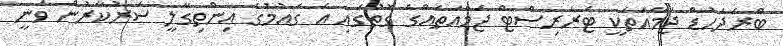
ބްރަދަހުޑް ޖަމާއަތަކީ ޓެރަރިސްޓް ޖަމާއަތެއްގެ ގޮތުގައި އެ ގައުމުގެ އިންތިގާލީ ސަރުކާރުން ވަނީ